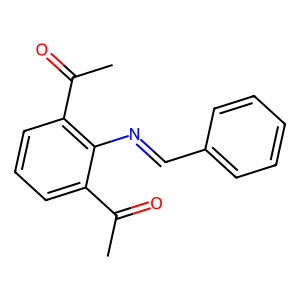
SMILES: CC(=O)c1cccc(C(C)=O)c1N=Cc1ccccc1
Inhibits HIV replication: No